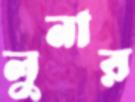
লুনার